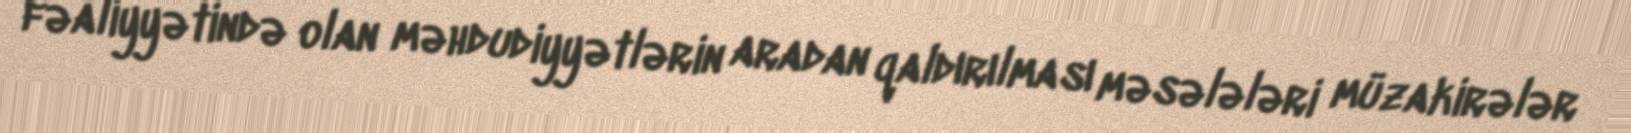
fəaliyyətində olan məhdudiyyətlərin aradan qaldırılması məsələləri müzakirələr